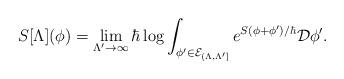
LaTeX: \begin{align*} S[\Lambda](\phi) = \lim_{\Lambda' \to \infty}\hbar \log \int_{\phi' \in \mathcal{E}_{(\Lambda, \Lambda']}} e^{S(\phi + \phi')/\hbar} \mathcal{D} \phi'.\end{align*}